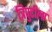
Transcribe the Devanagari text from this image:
त्रिपुटीला